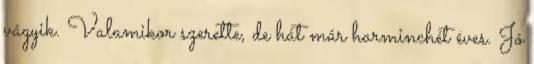
vágyik. Valamikor szerette, de hát már harminchét éves. Jó